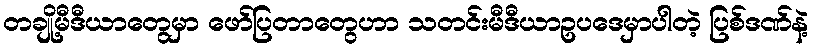
တချို့မီဒီယာတွေမှာ ဖော်ပြတာတွေဟာ သတင်းမီဒီယာဥပဒေမှာပါတဲ့ ပြစ်ဒဏ်နဲ့